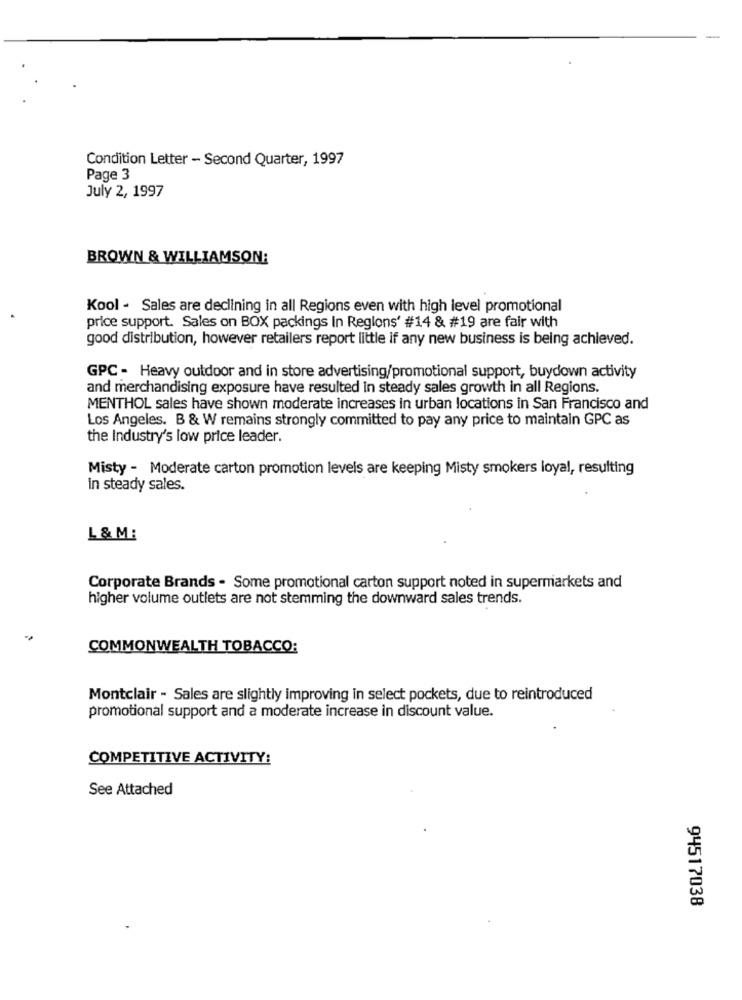
Condition Letter - Second Quarter, 1997
Page 3
July 2, 1997
BROWN & WILLIAMSON:
Kool - Sales are declining in all Regions even with high level promotional
price support. Sales on BOX packings In Regions' #14 & #19 are fair with
good distribution, however retailers report little if any new business is being achieved.
GPC - Heavy outdoor and in store advertising/promotional support, buydown activity
and merchandising exposure have resulted in steady sales growth in all Regions.
MENTHOL sales have shown moderate increases in urban locations in San Francisco and
Los Angeles. B & W remains strongly committed to pay any price to maintain GPC as
the Industry's low price leader.
Misty - Moderate carton promotion levels are keeping Misty smokers loyal, resulting
In steady sales.
L & M:
Corporate Brands . Some promotional carton support noted in supermarkets and
higher volume outlets are not stemming the downward sales trends.
COMMONWEALTH TOBACCO:
Montclair - Sales are slightly improving in select pockets, due to reintroduced
promotional support and a moderate increase in discount value.
COMPETITIVE ACTIVITY:
See Attached
94517038